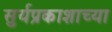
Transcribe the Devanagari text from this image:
सुर्यप्रकाशाच्या